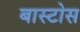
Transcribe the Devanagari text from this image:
बास्टोस